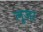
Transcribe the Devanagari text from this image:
लूजर